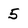
Character: 5